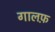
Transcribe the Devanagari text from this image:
गालफ़